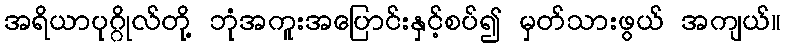
အရိယာပုဂ္ဂိုလ်တို့ ဘုံအကူးအပြောင်းနှင့်စပ်၍ မှတ်သားဖွယ် အကျယ်။